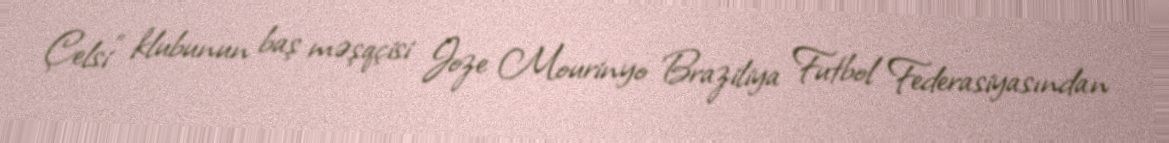
Çelsi" klubunun baş məşqçisi Joze Mourinyo Braziliya Futbol Federasiyasından